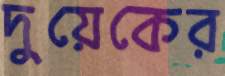
দুয়েকের